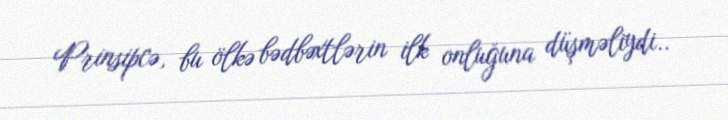
Prinsipcə, bu ölkə bədbəxtlərin ilk onluğuna düşməliydi..